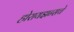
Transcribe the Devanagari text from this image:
होरायझन्सचे